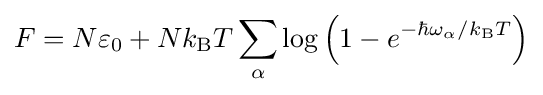
F=N\varepsilon _{0}+Nk_{\rm {B}}T\sum _{\alpha }\log \left(1-e^{-\hbar \omega _{\alpha }/k_{\rm {B}}T}\right)